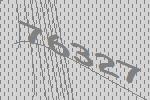
76327